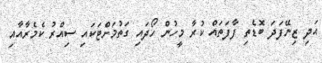
އަދި ޒިނޭފަދަ ބޮޑެތި ފާފަތައް ކުރާ މީހުން ހޯދައި ގަތުމަށްޓަކައި ސިއްރު ކެމެރާއާއި